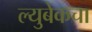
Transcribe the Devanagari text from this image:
ल्युबेकचा